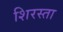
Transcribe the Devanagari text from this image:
शिरस्ता